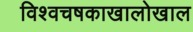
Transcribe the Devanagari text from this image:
विश्वचषकाखालोखाल